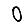
Digit: 0